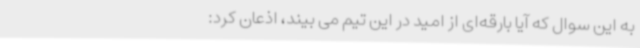
به این سوال که آیا بارقه‌ای از امید در این تیم می بیند، اذعان کرد: